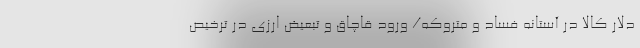
دلار کالا در آستانه فساد و متروکه/ ورود قاچاق و تبعیض ارزی در ترخیص